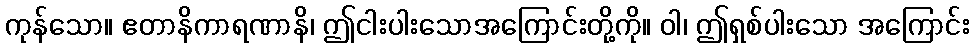
ကုန်သော။ ဧတာနိကာရဏာနိ၊ ဤငါးပါးသောအကြောင်းတို့ကို။ ဝါ၊ ဤရှစ်ပါးသော အကြောင်း